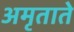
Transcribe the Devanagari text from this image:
अमृताते